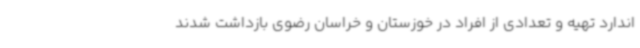
اندارد تهیه و تعدادی از افراد در خوزستان و خراسان رضوی بازداشت شدند